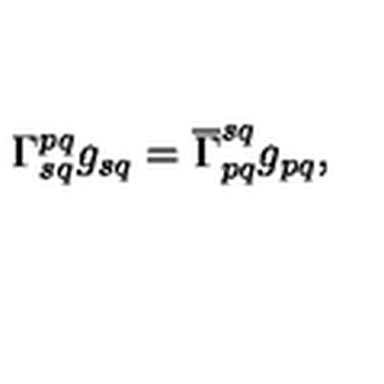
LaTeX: \Gamma _ { s q } ^ { p q } g _ { s q } = \overline { { \Gamma } } _ { p q } ^ { s q } g _ { p q } ,